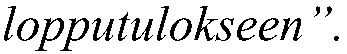
lopputulokseen”.